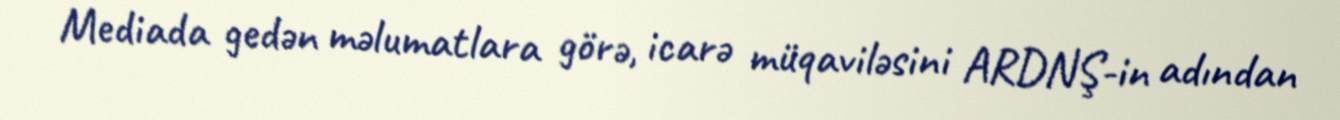
Mediada gedən məlumatlara görə, icarə müqaviləsini ARDNŞ-in adından